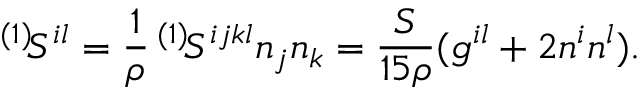
^ { ( 1 ) } \! { \cal S } ^ { i l } = \frac 1 \rho \, ^ { ( 1 ) } \! S ^ { i j k l } n _ { j } n _ { k } = \frac { S } { 1 5 \rho } ( g ^ { i l } + 2 n ^ { i } n ^ { l } ) .